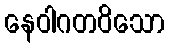
နေဝါဂတဝိသော